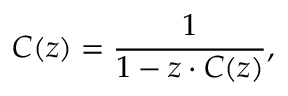
C ( z ) = { \frac { 1 } { 1 - z \cdot C ( z ) } } ,